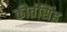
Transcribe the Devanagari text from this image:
कीर्तसिंह